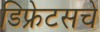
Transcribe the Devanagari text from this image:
डिफ्रेटसचे